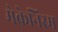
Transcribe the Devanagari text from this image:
मेकेनिस्म